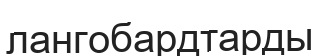
лангобардтарды